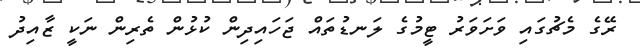
ރޭގެ މެޗުގައި ވަށަވަރު ޓީމުގެ ލަނޑުތައް ޖަހައިދިން ކުޅުން ތެރިން ނަކީ ޒާއިދު